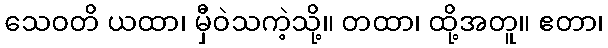
သေဝတိ ယထာ၊ မှီဝဲသကဲ့သို့။ တထာ၊ ထို့အတူ။ ဧတာ၊